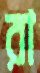
রা